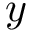
y